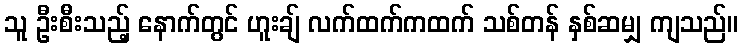
သူ ဦးစီးသည့် နောက်တွင် ဟူးချ် လက်ထက်ကထက် သစ်တန် နှစ်ဆမျှ ကျသည်။